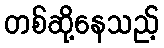
တစ်ဆို့နေသည့်